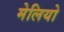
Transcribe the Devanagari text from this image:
मेलियो